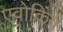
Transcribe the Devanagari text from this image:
एवोकिंग